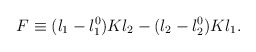
\begin{align*}F \equiv (\l_1 - \l_1^0) K \l_2 - (\l_2 -\l_2^0) K \l_1 .\end{align*}